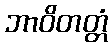
ဘာဝိတတ္တံ